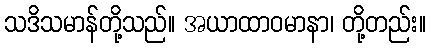
သဒိသမာန်တို့သည်။ အယာထာဝမာနာ၊ တို့တည်း။